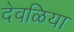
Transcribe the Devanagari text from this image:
देवळिया